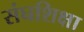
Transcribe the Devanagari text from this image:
संघशिक्षा